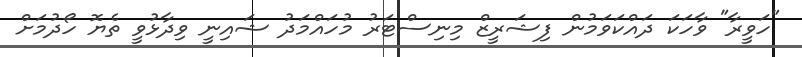
"ހަވީރާ" ވާހަކަ ދައްކަވަމުން ފިޝަރީޒް މިނިސްޓަރު މުހައްމަދު ޝައިނީ ވިދާޅުވީ ތެޔޮ ހޯދުމަށް